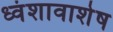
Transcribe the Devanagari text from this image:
ध्वंशावाशेष